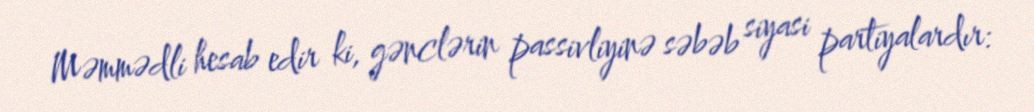
Məmmədli hesab edir ki, gənclərin passivliyinə səbəb siyasi partiyalardır: